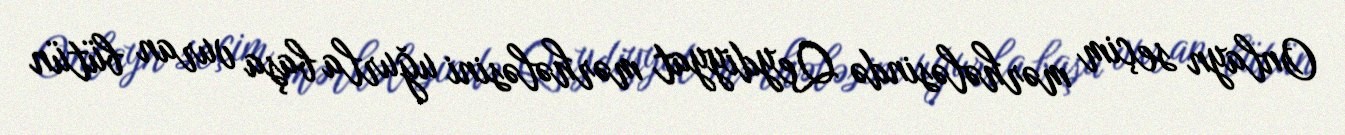
Onlayn seçim mərhələsində Qeydiyyat mərhələsini uğurla başa vuran bütün